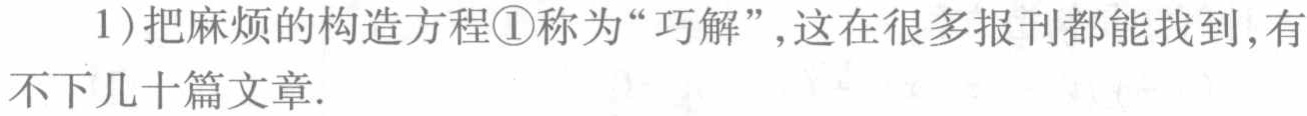
1)把麻烦的构造方程\textcircled{1}称为“巧解”，这在很多报刊都能找到，有不下几十篇文章.